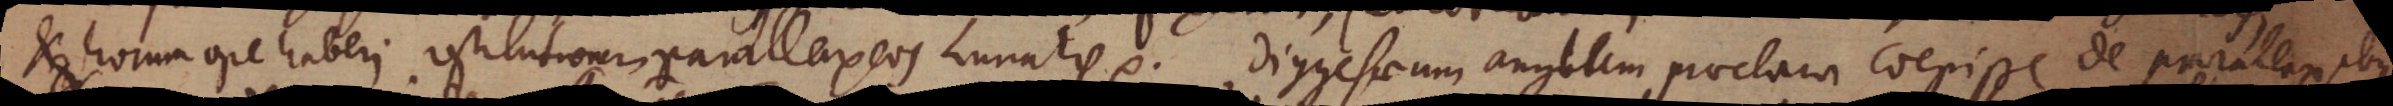
et horum ope haberi restitutionem parallaxeos Lunaris etc. Diggesaeum Anglum praeclara coepisse de parallaxibus